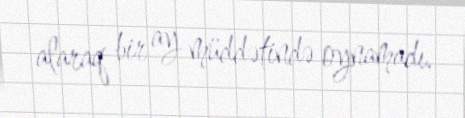
alaraq bir ay müddətində oynamadı.